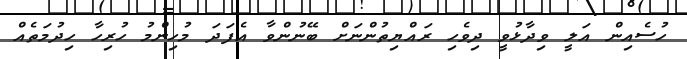
ހުސެއިން އަލީ ވިދާޅުވީ ދިވެހި ރައްޔިތުންނަށް ބޭނުންވާ އެފަދަ މުހިންމު ހުރިހާ ހިދުމަތެއް